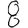
Digit: 8